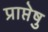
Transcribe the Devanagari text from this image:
प्राप्तेषु